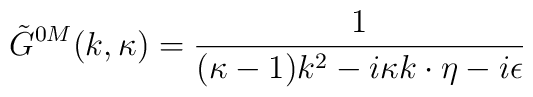
\tilde G^{0 M}(k,\kappa)={1\over{(\kappa-1)k^2-i\kappa k\cdot\eta-i\epsilon}}